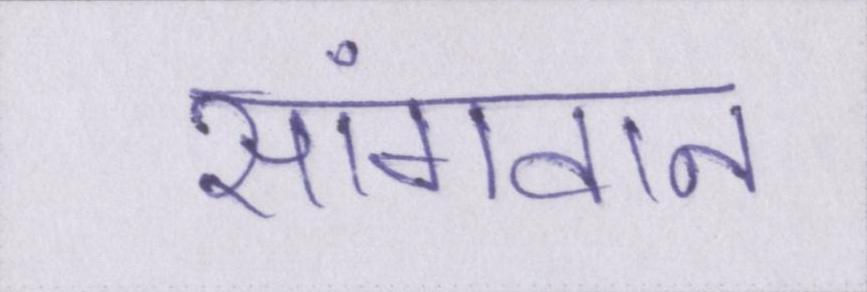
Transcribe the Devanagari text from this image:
सांगवान